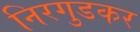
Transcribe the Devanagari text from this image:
निरगुडकर